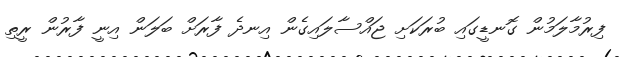
ފިރުމާލަމުން ގޮނޑީގައި ބުރަކަށި ޖައްސާލައިގެން އިނދެ ފާރަށް ބަލަން އިނީ ފާރުން ރީތި